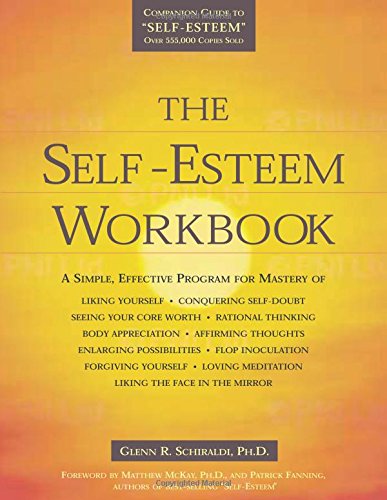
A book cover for The Self-Esteem Workbook; Glenn R. Schiraldi; Self-Help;